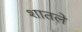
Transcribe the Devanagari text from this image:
शातले